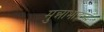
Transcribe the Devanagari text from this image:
मुन्नाभाईचा